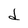
Character: d